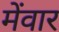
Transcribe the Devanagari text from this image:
मेंवार